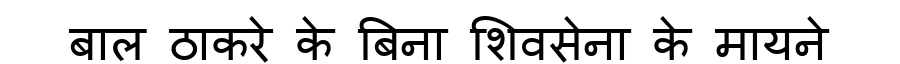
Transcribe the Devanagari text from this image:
बाल ठाकरे के बिना शिवसेना के मायने